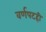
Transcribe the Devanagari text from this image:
वर्णपटही